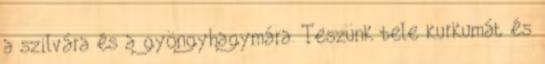
a szilvára és a gyöngyhagymára. Teszünk bele kurkumát és